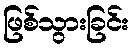
ဖြစ်သွားခြင်း